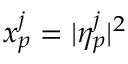
x _ { p } ^ { j } = | \eta _ { p } ^ { j } | ^ { 2 }